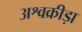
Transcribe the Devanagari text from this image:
अश्वक्रीड़ा